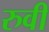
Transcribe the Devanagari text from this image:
रुवी